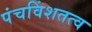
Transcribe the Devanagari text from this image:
पंचविंशतत्व